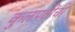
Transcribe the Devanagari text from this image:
कुलपतींची